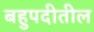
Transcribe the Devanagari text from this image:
बहुपदीतील